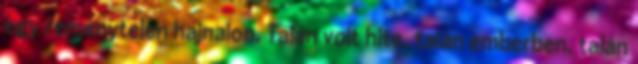
egy reménytelen hajnalon. Talán volt hite, talán emberben, talán